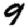
Digit: 9